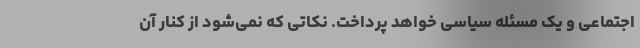
اجتماعی و یک مسئله سیاسی خواهد پرداخت. نکاتی که نمی‌شود از کنار آن